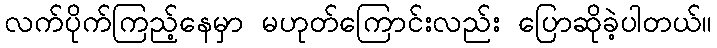
လက်ပိုက်ကြည့်နေမှာ မဟုတ်ကြောင်းလည်း ပြောဆိုခဲ့ပါတယ်။